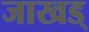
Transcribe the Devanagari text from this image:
जाखड्